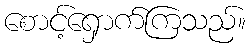
စောင့်ရှောက်ကြသည်။